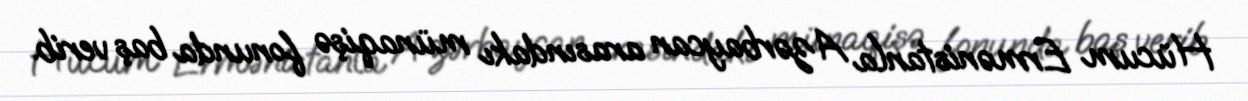
Hücum Ermənistanla Azərbaycan arasındakı münaqişə fonunda baş verib.